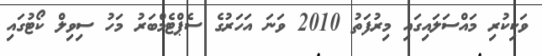
ވަކިކުރި މައްސަލައިގައި މިރުފަތު 2010 ވަނަ އަހަރުގެ ސެޕްޓެމްބަރު މަހު ސިވިލް ކޯޓުގައި